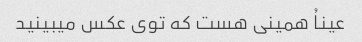
عیناُ همینی هست که توی عکس میبینید